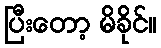
ပြီးတော့ မိခိုင်။